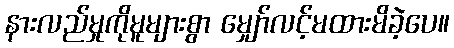
နားလည်မှုကိုမူများစွာ မျှော်လင့်မထားမိခဲ့ပေ။